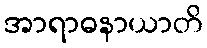
အာရာဓနာယာတိ